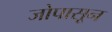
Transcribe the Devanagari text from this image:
जोपासून